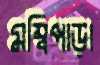
মম্বিপাড়া